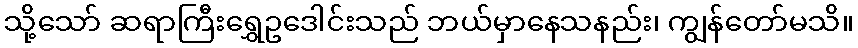
သို့သော် ဆရာကြီးရွှေဥဒေါင်းသည် ဘယ်မှာနေသနည်း၊ ကျွန်တော်မသိ။